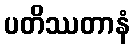
ပတိဿတာနံ